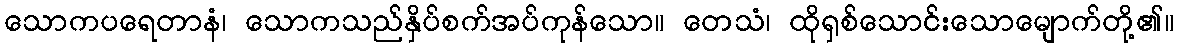
သောကပရေတာနံ၊ သောကသည်နှိပ်စက်အပ်ကုန်သော။ တေသံ၊ ထိုရှစ်သောင်းသောမျောက်တို့၏။